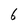
Character: 6